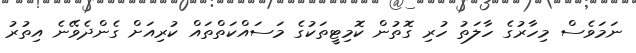
ނަމަވެސް މިހާރުގެ ހާލަތު ހުރި ގޮތުން ކޮމިޓީތަކުގެ މަސައްކަތްތައް ކުރިއަށް ގެންދެވޭނެ އިތުރު